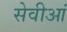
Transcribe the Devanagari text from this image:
सेवीआं